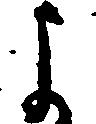
よ